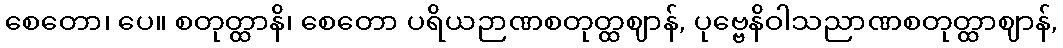
စေတော၊ ပေ။ စတုတ္ထာနိ၊ စေတော ပရိယဉာဏစတုတ္ထဈာန်, ပုဗ္ဗေနိဝါသညာဏစတုတ္ထာဈာန်,